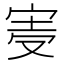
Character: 𡨊